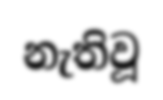
නැතිවූ